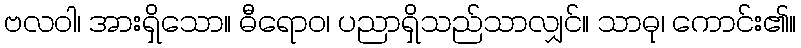
ဗလဝါ၊ အားရှိသော။ ဓီရောဝ၊ ပညာရှိသည်သာလျှင်။ သာဓု၊ ကောင်း၏။